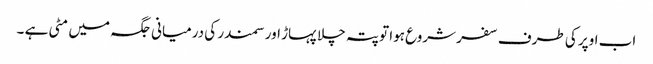
اب اوپر کی طرف سفر شروع ہوا تو پتہ چلا پہاڑ اور سمندر کی درمیانی جگہ میں مٹی ہے ۔